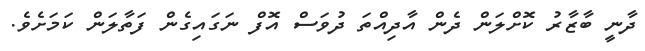
ދާނީ ބާޒާރު ކޮށްލަން ދެން އާދިއްތަ ދުވަސް އޮފް ނަގައިގެން ފަތާލަން ކަމަށެވެ.